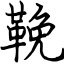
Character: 鞔